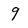
Character: 9